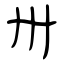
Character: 卅